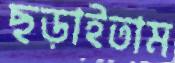
ছড়াইতাম